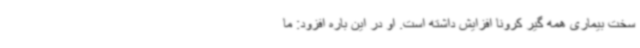
سخت بیماری همه گیر کرونا افزایش داشته است. او در این باره افزود: ما